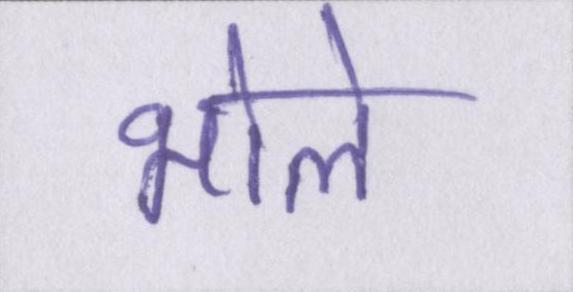
भोले